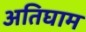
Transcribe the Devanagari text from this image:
अतिघाम